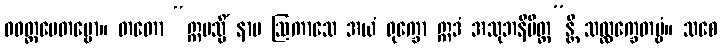
ဝဝတ္ထပေတဗ္ဗော။ တတော “ဣမသ္မိံ နာမ ဩကာသေ အယံ ရုက္ခော ဣဒံ အသုဘနိမိတ္တ”န္တိ သလ္လက္ခေတဗ္ဗံ။ သစေ